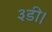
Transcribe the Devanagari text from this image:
३डी।